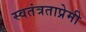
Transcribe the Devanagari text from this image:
स्वतंत्रताप्रेमी